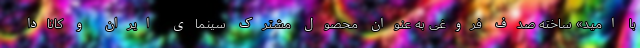
با امید» ساخته صدف فروغی به عنوان محصول مشترک سینمای ایران و کانادا